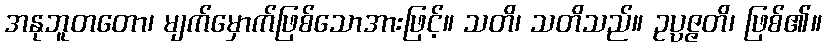
အနုဘူတတော၊ မျက်မှောက်ဖြစ်သောအားဖြင့်။ သတိ၊ သတိသည်။ ဥပ္ပဇ္ဇတိ၊ ဖြစ်၏။